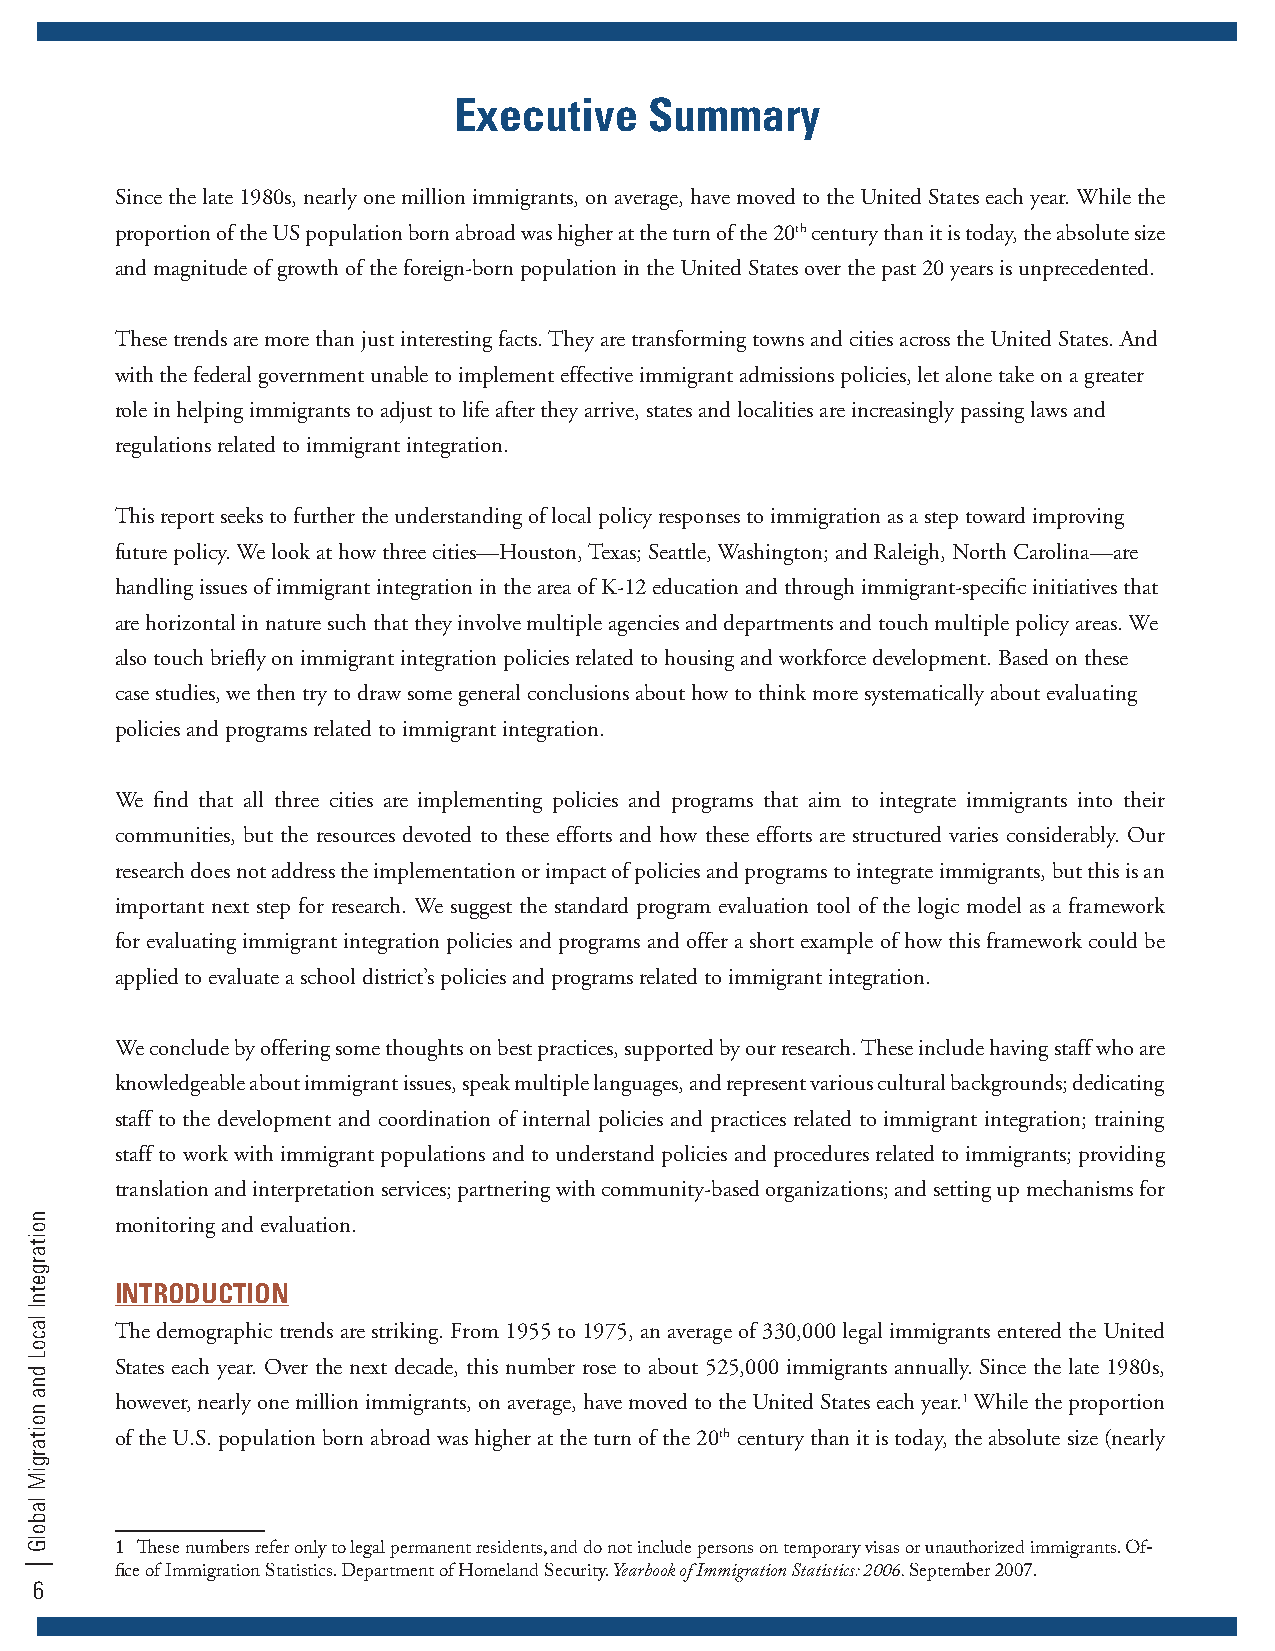
Executive    Summary
 Since the late 1980s, nearly one million immigrants, on average, have moved to the United States each year. While the
 proportion of the US population born abroad was higher at the turn of the 20th century than it is today, the absolute size
 and magnitude of growth of the foreign-born population in the United States over the past 20 years is unprecedented.
 These trends are more than just interesting facts. They are transforming towns and cities across the United States. And
 with the federal government unable to implement effective immigrant admissions policies, let alone take on a greater
 role in helping immigrants to adjust to life after they arrive, states and localities are increasingly passing laws and
 regulations related to immigrant integration.
 This report seeks to further the understanding of local policy responses to immigration as a step toward improving
 future policy. We look at how three cities—Houston, Texas; Seattle, Washington; and Raleigh, North Carolina—are
 handling issues of immigrant integration in the area of K-12 education and through immigrant-specific initiatives that
 are horizontal in nature such that they involve multiple agencies and departments and touch multiple policy areas. We
 also touch briefly on immigrant integration policies related to housing and workforce development. Based on these
 case studies, we then try to draw some general conclusions about how to think more systematically about evaluating
 policies and programs related to immigrant integration.
 We find that all three cities are implementing policies and programs that aim to integrate immigrants into their
 communities, but the resources devoted to these efforts and how these efforts are structured varies considerably. Our
 research does not address the implementation or impact of policies and programs to integrate immigrants, but this is an
 important next step for research. We suggest the standard program evaluation tool of the logic model as a framework
 for evaluating immigrant integration policies and programs and offer a short example of how this framework could be
 applied to evaluate a school district’s policies and programs related to immigrant integration.
 We conclude by offering some thoughts on best practices, supported by our research. These include having staff who are
 knowledgeable about immigrant issues, speak multiple languages, and represent various cultural backgrounds; dedicating
 staff to the development and coordination of internal policies and practices related to immigrant integration; training
 staff to work with immigrant populations and to understand policies and procedures related to immigrants; providing
 translation and interpretation services; partnering with community-based organizations; and setting up mechanisms for
 monitoring and evaluation.
 INTRODUCTION
 The demographic trends are striking. From 1955 to 1975, an average of 330,000 legal immigrants entered the United
 States each year. Over the next decade, this number rose to about 525,000 immigrants annually. Since the late 1980s,
 however, nearly one million immigrants, on average, have moved to the United States each year.1 While the proportion
 of the U.S. population born abroad was higher at the turn of the 20th century than it is today, the absolute size (nearly
 1 These numbers refer only to legal permanent residents, and do not include persons on temporary visas or unauthorized immigrants. Of-
 fice of Immigration Statistics. Department of Homeland Security. Yearbook of Immigration Statistics: 2006. September 2007.
 6
 noitargetnI
 lacoL
 dna
 noitargiM
 labolG